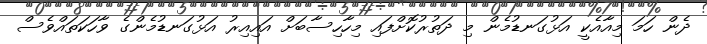
ދެން ހަމަ މިއާއެކީ އަޅުގަނޑުމެން މި ދަތުރުކޮށްފައި މިހާހިސާބަށް އައިއިރު އަޅުގަނޑުމެންގެ ވާހަކަތައްވެސް